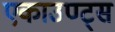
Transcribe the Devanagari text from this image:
एकाउण्‍ट्स